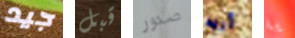
جيد قبل صدور أريد يا